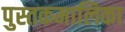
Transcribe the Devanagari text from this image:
पुस्तकमालिका